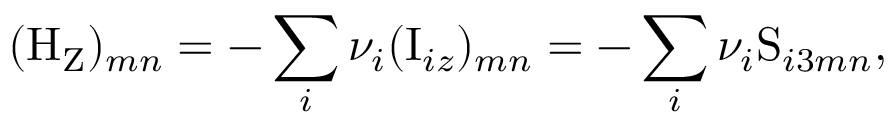
( \mathrm { H _ { \mathrm { Z } } } ) _ { m n } = - \sum _ { i } \nu _ { i } ( \mathrm { I } _ { i z } ) _ { m n } = - \sum _ { i } \nu _ { i } \mathrm { S } _ { i 3 m n } ,